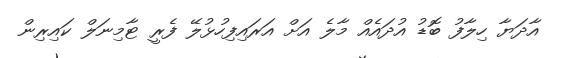
އާދަޔާ ހިލާފު ބޮޑު އުދައެއް މާލެ އަށް އަރައިފިހުޅުލޭ ފެރީ ޓާމިނަލް ކައިރިން